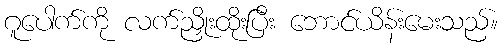
ဂူပေါက်ကို လက်ညှိုးထိုးပြီး ဘောင်ယိန်းမေးသည်။